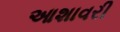
આશાવરી